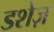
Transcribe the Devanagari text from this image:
डशेज़